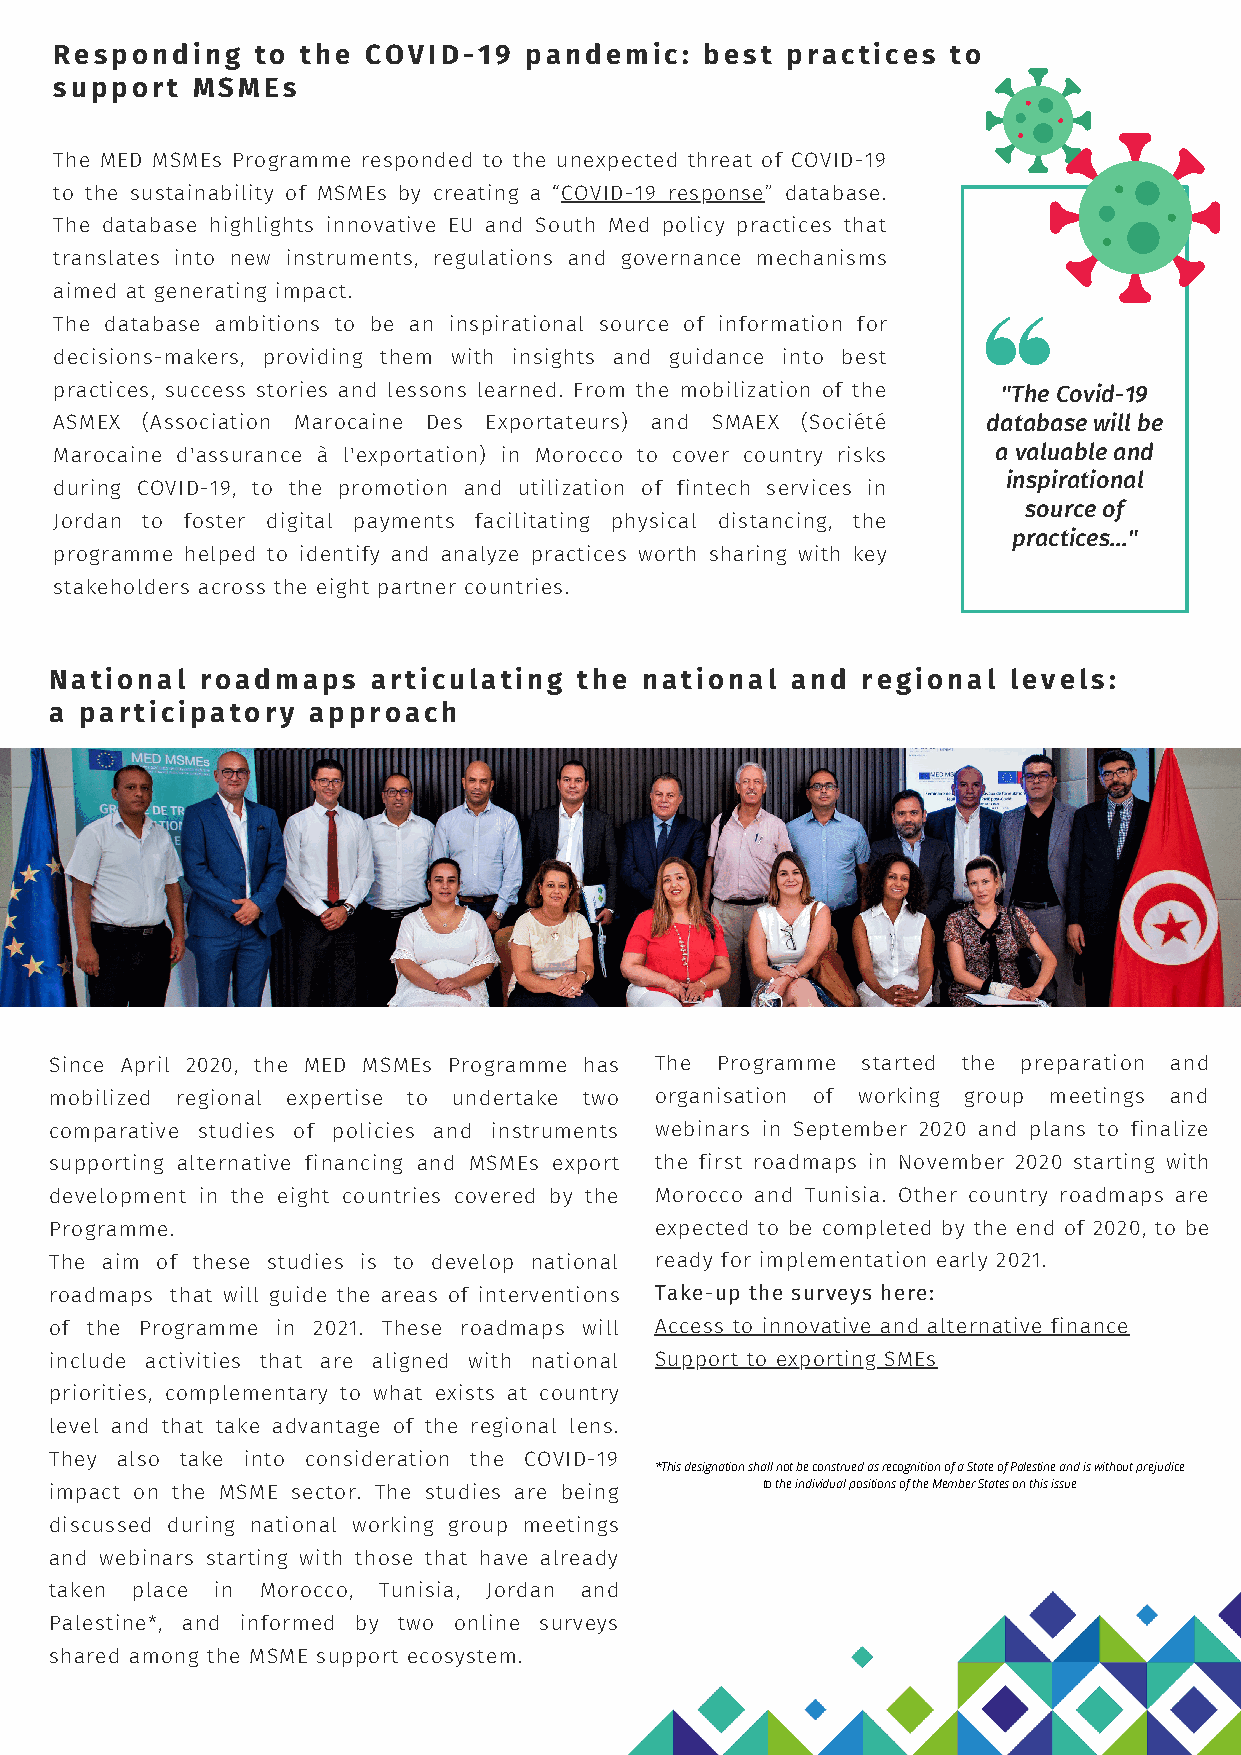
Responding   to the COVID-19   pandemic:   best practices  to
 support  MSMEs
 The MED MSMEs Programme responded to the unexpected threat of COVID-19
 to the sustainability of MSMEs by creating a “COVID-19 response” database.
 The database highlights innovative EU and South Med policy practices that
 translates into new instruments, regulations and governance mechanisms
 aimed at generating impact.
 The database ambitions to be an inspirational source of information for
 decisions-makers, providing them with insights and guidance into best
 practices, success stories and lessons learned. From the mobilization of the "The Covid-19
 ASMEX (Association Marocaine Des Exportateurs) and SMAEX (Société database will be
 Marocaine d'assurance à l'exportation) in Morocco to cover country risks a valuable and
 inspirational
 during COVID-19, to the promotion and utilization of fintech services in
 source of
 Jordan to foster digital payments facilitating physical distancing, the
 practices..."
 programme helped to identify and analyze practices worth sharing with key
 stakeholders across the eight partner countries.
 National  roadmaps    articulating the  national and  regional  levels:
 a participatory  approach
 Since April 2020, the MED MSMEs Programme has The Programme started the preparation and
 mobilized regional expertise to undertake two organisation of working group meetings and
 comparative studies of policies and instruments webinars in September 2020 and plans to finalize
 supporting alternative financing and MSMEs export the first roadmaps in November 2020 starting with
 development in the eight countries covered by the Morocco and Tunisia. Other country roadmaps are
 Programme.                              expected to be completed by the end of 2020, to be
 The aim of these studies is to develop national ready for implementation early 2021.
 roadmaps that will guide the areas of interventions Take-up the surveys here:
 of the Programme in 2021. These roadmaps will Access to innovative and alternative finance
 include activities that are aligned with national Support to exporting SMEs
 priorities, complementary to what exists at country
 level and that take advantage of the regional lens.
 They also take into consideration the COVID-19
 *This designation shall not be construed as recognition of a State of Palestine and is without prejudice
 impact on the MSME sector. The studies are being to the individual positions of the Member States on this issue.
 discussed during national working group meetings
 and webinars starting with those that have already
 taken place in Morocco, Tunisia, Jordan and
 Palestine*, and informed by two online surveys
 shared among the MSME support ecosystem.